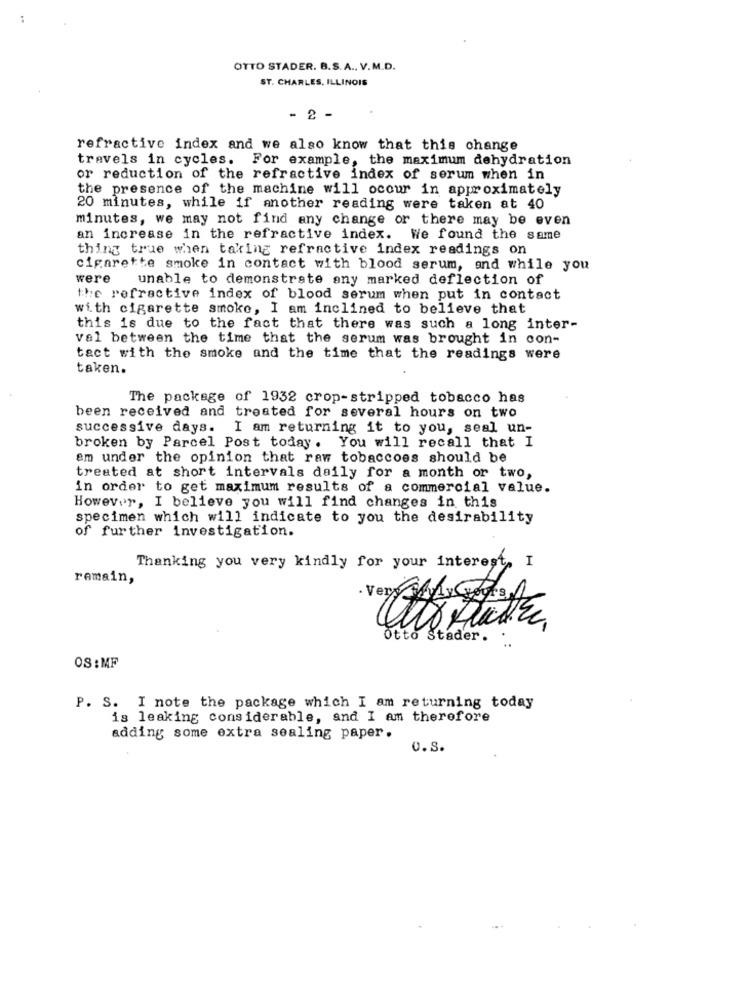
OTTO STADER. B.S.A ., V.M.D.
ST. CHARLES, ILLINOIS
- 2 -
refractive index and we also know that this change
travels in cycles. For example, the maximum dehydration
or reduction of the refractive index of serum when in
the presence of the machine will occur in approximately
20 minutes, while if another reading were taken at 40
minutes, we may not find any change or there may be even
an increase in the refractive index. We found the same
thing true when taking refractive index readings on
cigarette smoke in contact with blood serum, and while you
were
unable to demonstrate any marked deflection of
the refractive index of blood serum when put in contact
with cigarette smoke, I am inclined to believe that
this is due to the fact that there was such a long inter-
val between the time that the serum was brought in con-
tact with the smoke and the time that the readings were
taken.
The package of 1932 crop-stripped tobacco has
been received and treated for several hours on two
successive days. I am returning it to you, seal un-
broken by Parcel Post today. You will recall that I
em under the opinion that raw tobaccoes should be
treated at short intervals daily for a month or two,
in order to get maximum results of a commercial value.
However, I believe you will find changes in this
specimen which will indicate to you the desirability
of further investigation.
Thanking you very kindly for your interest, I
remain,
Very Ar GyA
AN
Otto Stader.
OS :MF
P. S. I note the package which I am returning today
is leaking considerable, and I am therefore
adding some extra sealing paper.
0.S.